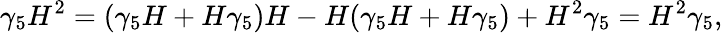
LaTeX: \gamma_{5}H^{2}=(\gamma_{5}H+H\gamma_{5})H-H(\gamma_{5}H+H\gamma_{5})+H^{2}\gamma_{5}=H^{2}\gamma_{5},